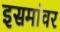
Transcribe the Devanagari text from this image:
इसमांवर